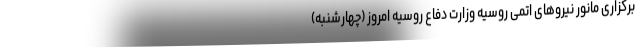
برگزاری مانور نیروهای اتمی روسیه وزارت دفاع روسیه امروز (چهارشنبه)